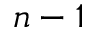
n - 1